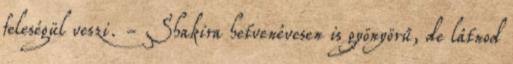
feleségül veszi. - Shakira hetvenévesen is gyönyörű, de látnod